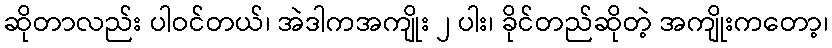
ဆိုတာလည်း ပါဝင်တယ်၊ အဲဒါကအကျိုး ၂ ပါး၊ ခိုင်တည်ဆိုတဲ့ အကျိုးကတော့၊